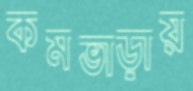
কমভাড়ায়